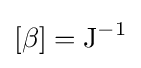
[\beta ]={\textrm {J}}^{-1}